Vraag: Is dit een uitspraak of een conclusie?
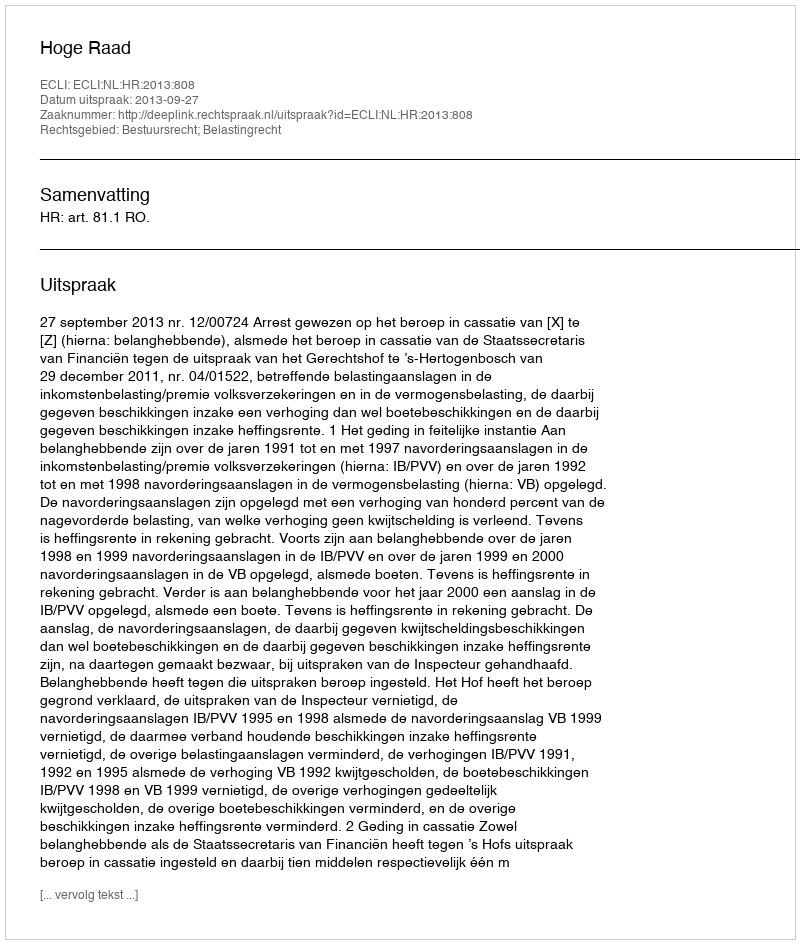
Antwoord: Uitspraak